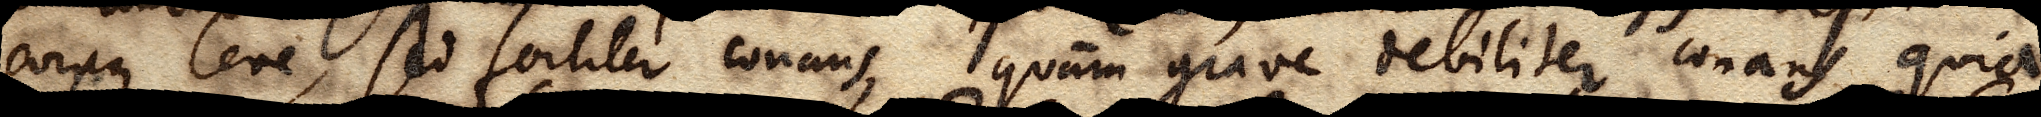
corpus leve, sed fortiter conans, quam grave debiliter conans, quia